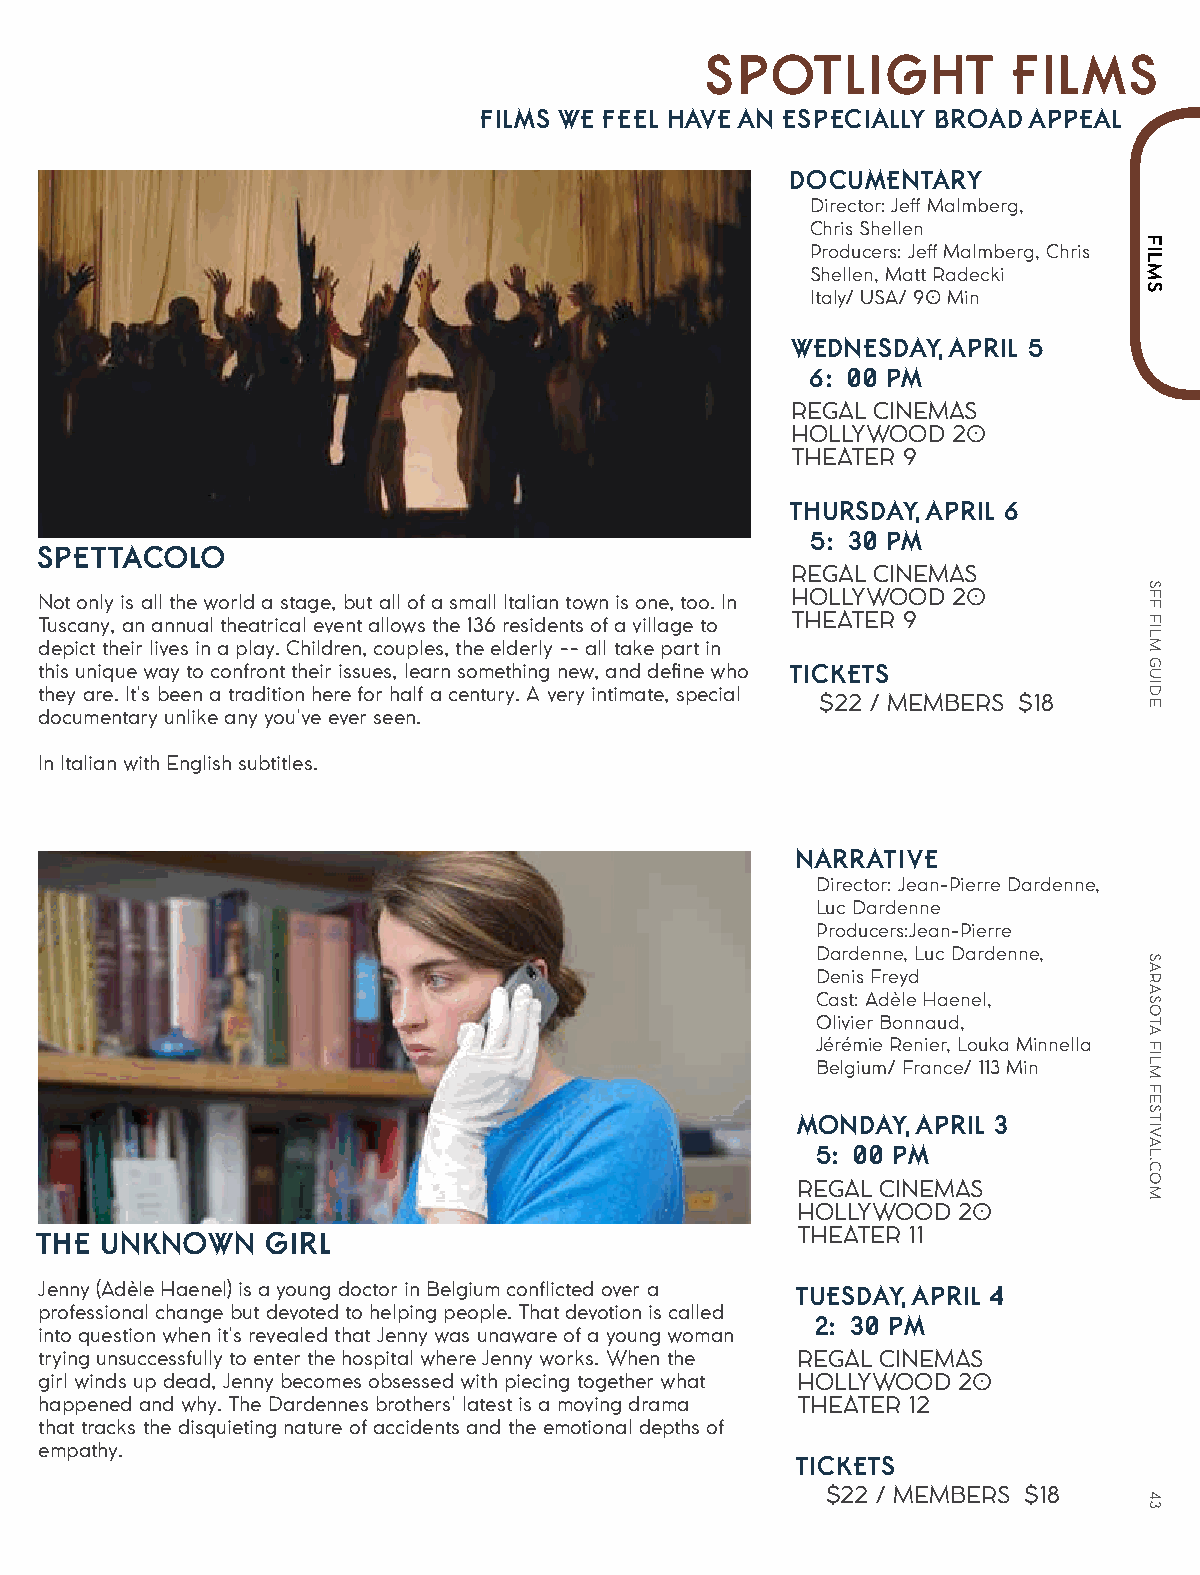
SPOTLIGHT           FILMS
 FILMS WE FEEL HAVE AN ESPECIALLY BROAD APPEAL
 DOCUMENTARY
 Director: Jeff Malmberg,
 Chris Shellen
 Producers: Jeff Malmberg, Chris
 Shellen, Matt Radecki
 Italy/ USA/ 90 Min
 WEDNESDAY, APRIL 5
 6:00 PM
 REGAL CINEMAS
 HOLLYWOOD  20
 THEATER 9
 THURSDAY, APRIL 6
 5:30 PM
 SPETTACOLO
 REGAL CINEMAS
 HOLLYWOOD  20
 Not only is all the world a stage, but all of a small Italian town is one, too. In
 THEATER 9 Tuscany, an annual theatrical event allows the 136 residents of a village to
 depict their lives in a play. Children, couples, the elderly -- all take part in
 this unique way to confront their issues, learn something new, and define who TICKETS
 they are. It's been a tradition here for half a century. A very intimate, special
 $22 / MEMBERS $18
 documentary unlike any you've ever seen.
 In Italian with English subtitles.
 NARRATIVE
 Director: Jean-Pierre Dardenne,
 Luc Dardenne
 Producers:Jean-Pierre
 Dardenne, Luc Dardenne,
 Denis Freyd
 Cast: Adèle Haenel,
 Olivier Bonnaud,
 Jérémie Renier, Louka Minnella
 Belgium/ France/ 113 Min
 MONDAY, APRIL 3
 5:00 PM
 REGAL CINEMAS
 HOLLYWOOD 20
 THE UNKNOWN    GIRL                               THEATER 11
 Jenny (Adèle Haenel) is a young doctor in Belgium conflicted over a TUESDAY, APRIL 4
 professional change but devoted to helping people. That devotion is called
 2:30 PM
 into question when it's revealed that Jenny was unaware of a young woman
 trying unsuccessfully to enter the hospital where Jenny works. When the REGAL CINEMAS
 girl winds up dead, Jenny becomes obsessed with piecing together what HOLLYWOOD 20
 happened and why. The Dardennes brothers' latest is a moving drama THEATER 12
 that tracks the disquieting nature of accidents and the emotional depths of
 empathy.
 TICKETS
 $22 / MEMBERS $18
 FILMS
 SFF
 FILM
 GUIDE
 SARASOTA
 FILM
 FESTIVAL.COM
 43